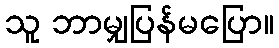
သူ ဘာမျှပြန်မပြော။